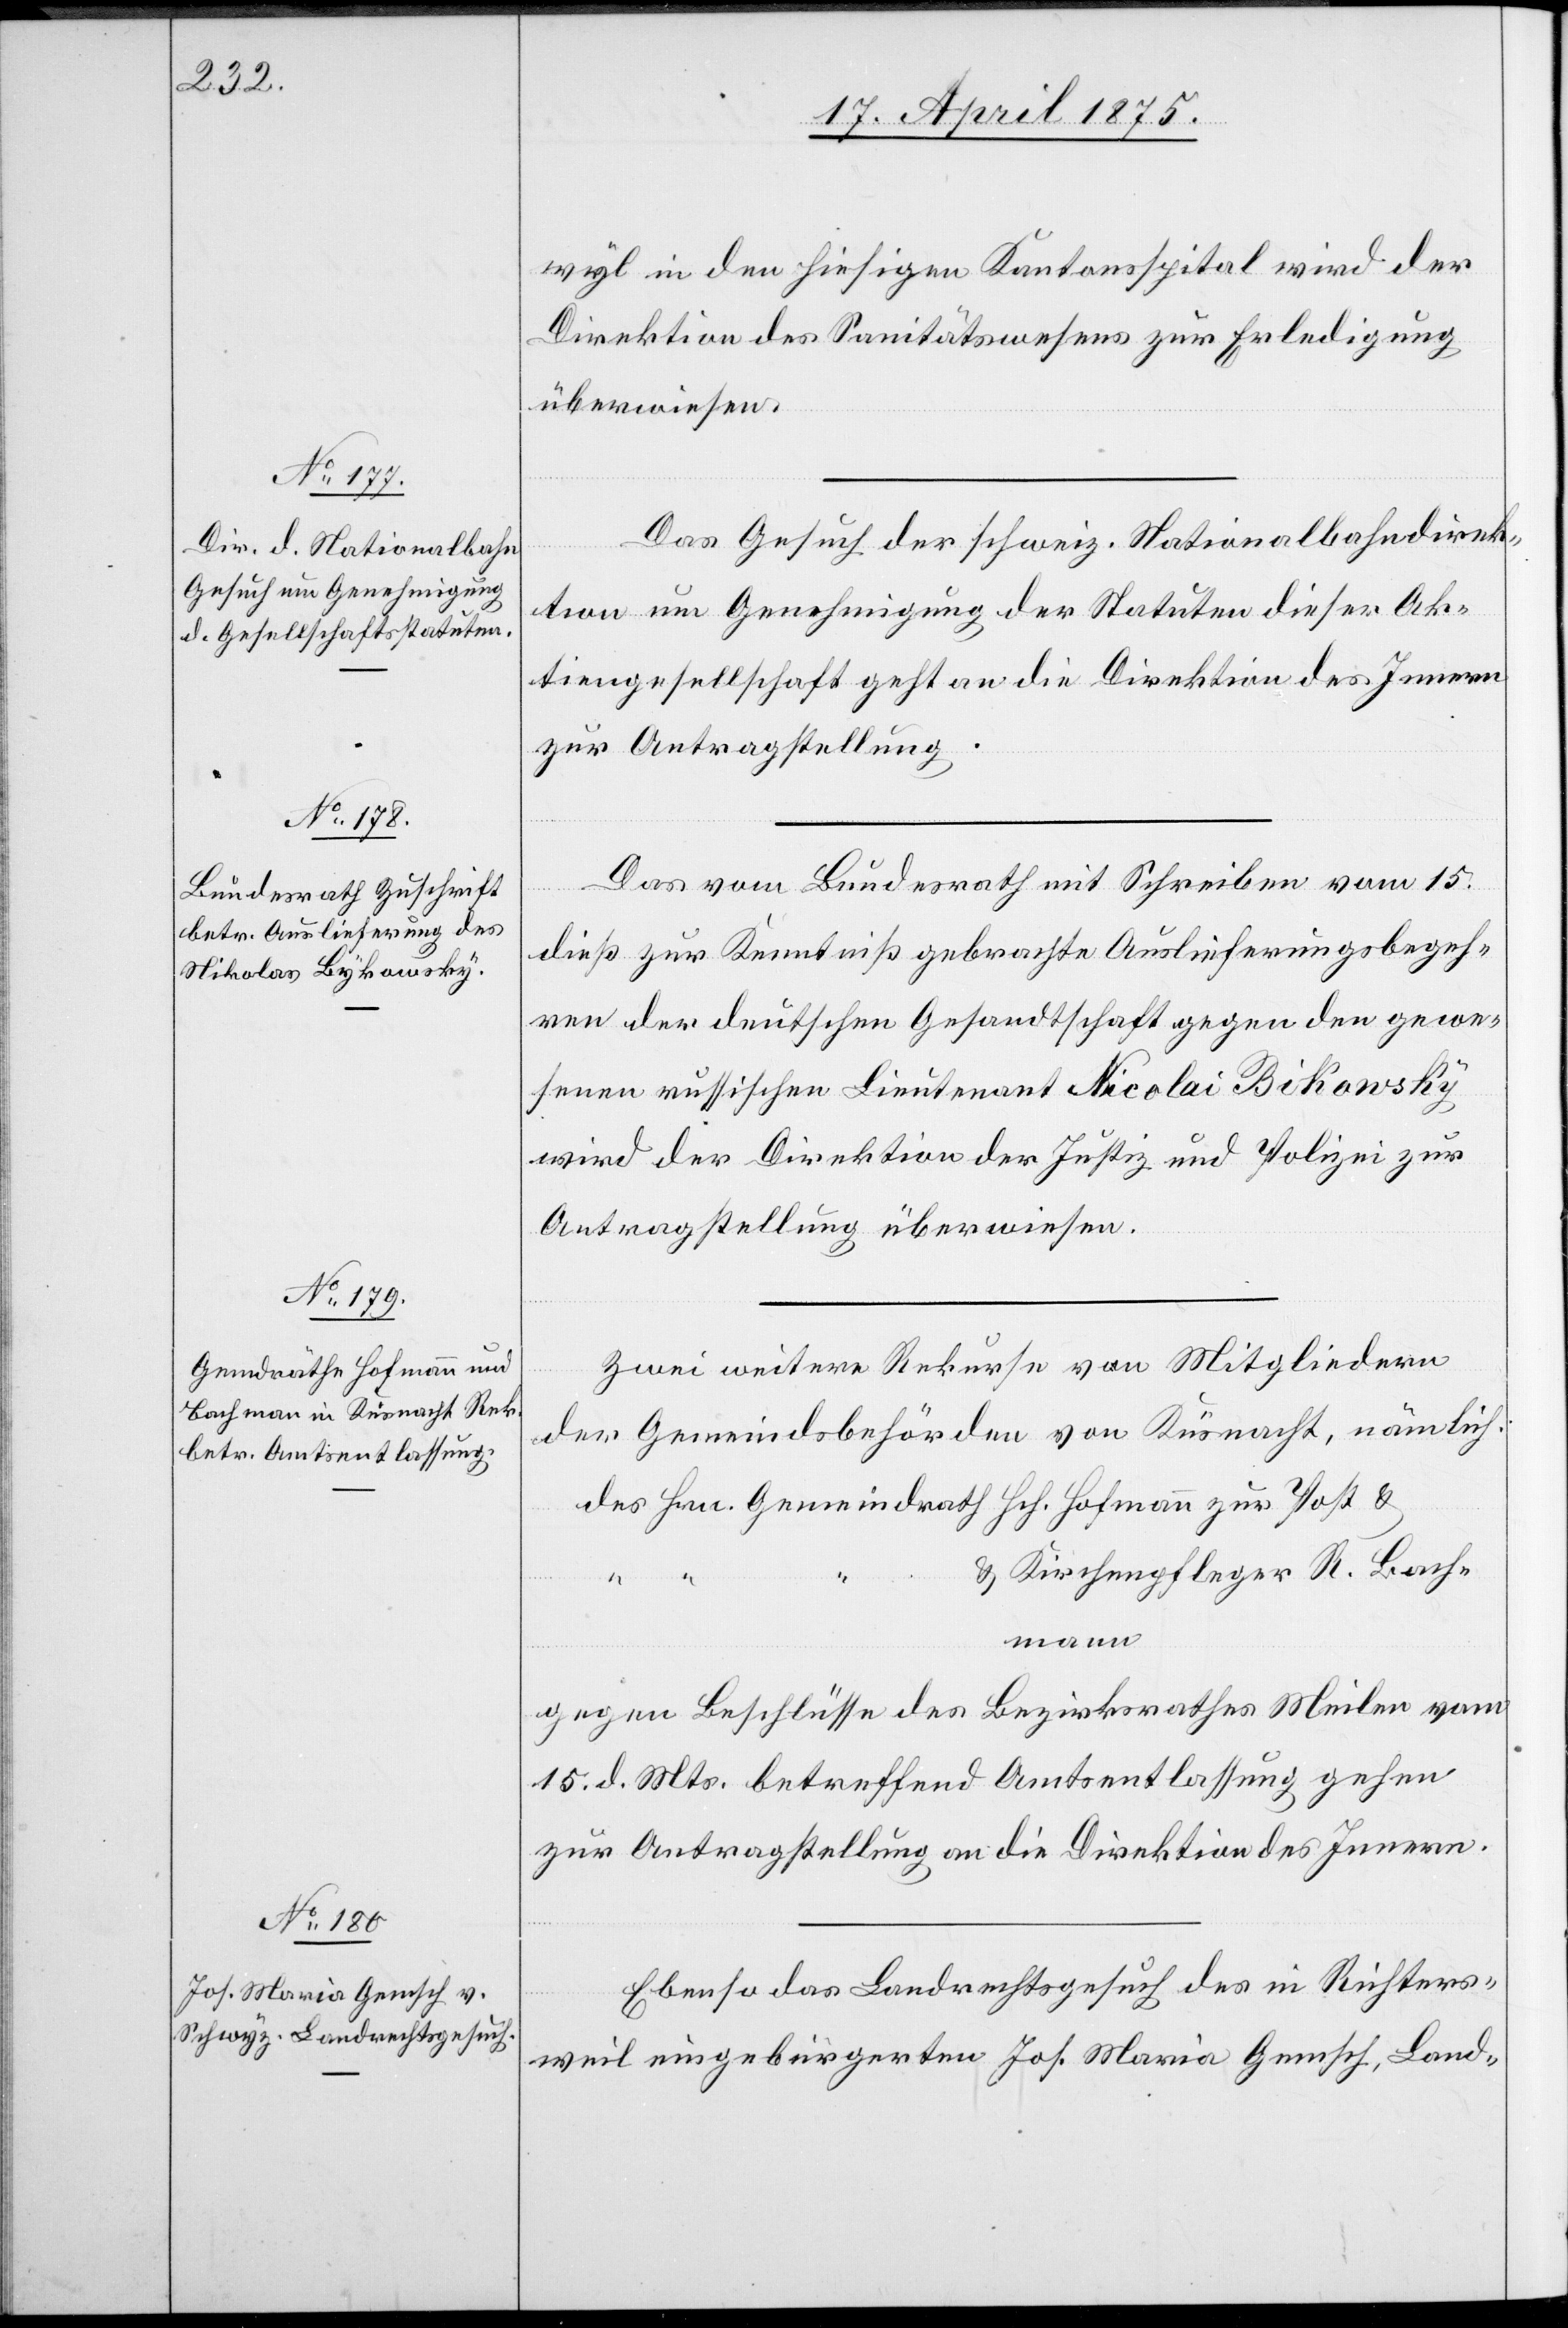
17. April 1875.]
wyl in den hiesigen Kantonsspital wird der
Direktion des Sanitätswesens zur Erledigung
überwiesen.
Das Gesuch der schweiz. Nationalbahndirek¬
“
tion um Genehmigung der Statuten dieser Ak¬
tiengesellschaft geht an die Direktion des Innern
zur Antragstellung.
Das vom Bundesrath mit Schreiben vom 15.
dieß zur Kenntniß gebrachte Auslieferungsbegeh¬
ren der deutschen Gesandtschaft gegen den gewe¬
senen russischen Lieutenant Nicolai Bikowsky
wird der Direktion der Justiz und Polizei zur
Antragstellung überwiesen.
Zwei weitere Rekurse von Mitgliedern
der Gemeindsbehörden von Küsnacht, nämlich:
R.
gegen Beschlüsse des Bezirksrathes Meilen vom
15. d. Mts. betreffend Amtsentlassung gehen
zur Antragstellung an die Direktion des Innern.
Ebenso das Landrechtsgesuch des in Richters¬
weil ausgebürgerten Jos. Maria Gemsch, Land-